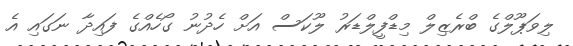
ލިވަޕޫލްގެ ބްރެޒިލް މިޑްފީލްޑަރު ލޫކަސް އަށް ހެދުނު ގޯހެއްގެ ފައިދާ ނަގައި އެ